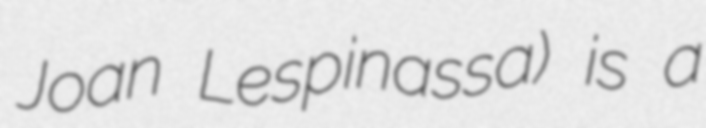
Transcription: Joan Lespinassa) is a